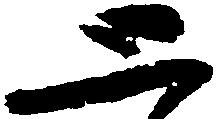
恐